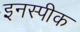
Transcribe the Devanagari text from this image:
इनस्पीक